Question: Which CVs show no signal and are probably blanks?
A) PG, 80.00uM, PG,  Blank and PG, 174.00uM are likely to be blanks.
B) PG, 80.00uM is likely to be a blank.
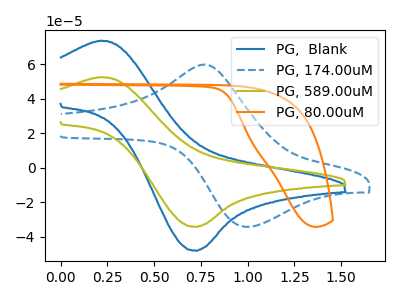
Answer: <think>The blue curve "PG,  Blank" has an anodic peak at (0.20V, 73.60uA) and a cathodic peak at (0.75V, -48.25uA). The blue dashed curve "PG, 174.00uM" has an anodic peak at (0.80V, 59.45uA) and a cathodic peak at (1.00V, -34.35uA). The olive curve "PG, 589.00uM" has an anodic peak at (0.20V, 52.45uA) and a cathodic peak at (0.75V, -34.35uA). The orange curve "PG, 80.00uM" has no peaks.</think>
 <answer>B) "PG, 80.00uM" is likely to be a blank.</answer>
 <eval>B</eval>